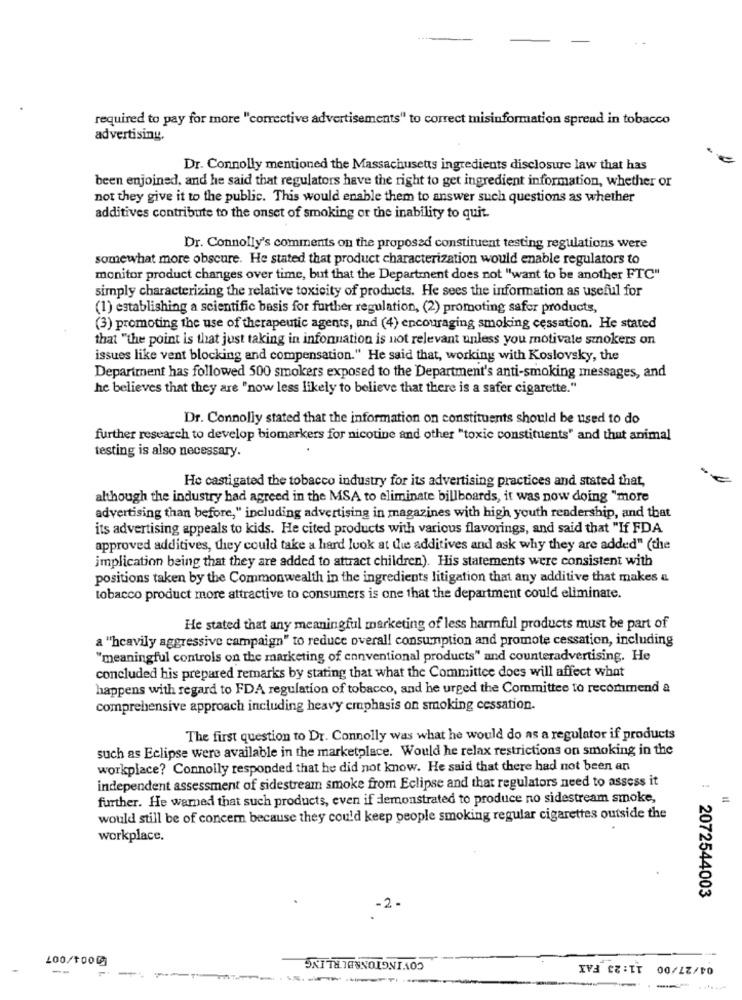
required to pay for more "corrective advertisements" to correct misinformation spread in tobacco
advertising.
Dr. Connolly mentioned the Massachusetts ingredients disclosure law that has
been enjoined, and he said that regulators have the right to get ingredient information, whether or
not they give it to the public. This would enable them to answer such questions as whether
additives contribute to the onset of smoking or the inability to quit.
Dr. Connolly's comments on the proposed constituent testing regulations were
somewhat more obscure. He stated that product characterization would enable regulators to
monitor product changes over time, but that the Department does not "want to be another FTC"
simply characterizing the relative toxicity of products. He sees the information as useful for
(1) establishing a scientific basis for further regulation, (2) promoting safer products,
(3) promoting the use of therapeutic agents, and (4) encouraging smoking cessation. He stated
that "the point is that just taking in information is not relevant unless you motivate smokers on
issues like vent blocking and compensation." He said that, working with Koslovsky, the
Department has followed 500 smokers exposed to the Department's anti-smoking messages, and
he believes that they are "now less likely to believe that there is a safer cigarette."
Dr. Connolly stated that the information on constituents should be used to do
further research to develop biomarkers for nicotine and other "toxic constituents" and that animal
testing is also necessary.
He castigated the tobacco industry for its advertising practices and stated that,
although the industry had agreed in the MSA to eliminate billboards, it was now doing "more
advertising than before," including advertising in magazines with high youth readership, and that
its advertising appeals to kids. He cited products with various flavorings, and said that "If FDA
approved additives, they could take a hard look at the additives and ask why they are added" (the
implication being that they are added to attract children). His statements were consistent with
positions taken by the Commonwealth in the ingredients litigation that any additive that makes a
tobacco product more attractive to consumers is one that the department could eliminate.
He stated that any meaningful marketing of less harmful products must be part of
a "heavily aggressive campaign" to reduce overall consumption and promote cessation, including
"meaningful controls on the marketing of conventional products" and counteradvertising. He
concluded his prepared remarks by stating that what the Committee does will affect what
happens with regard to FDA regulation of tobacco, and he urged the Committee to recommend a
comprehensive approach including heavy emphasis on smoking cessation.
The first question to Dr. Connolly was what he would do as a regulator if products
such as Eclipse were available in the marketplace. Would he relax restrictions on smoking in the
workplace? Connolly responded that he did not know. He said that there had not been an
independent assessment of sidestream smoke from Eclipse and that regulators need to assess it
further. He warned that such products, even if demonstrated to produce no sidestream smoke,
would still be of concer because they could keep people smoking regular cigarettes outside the
workplace.
2072544003
-2.
COVINGTON&BURLING
100/1000
04/27/00 11:23 FAX
--
---